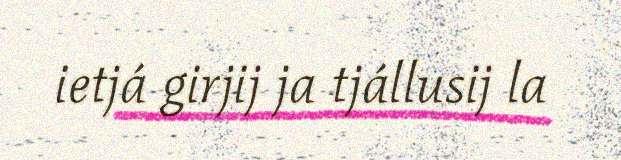
ietjá girjij ja tjállusij la